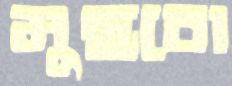
মুছবো